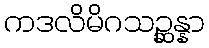
ကဒလိမိဂသဉ္ဆန္နာ